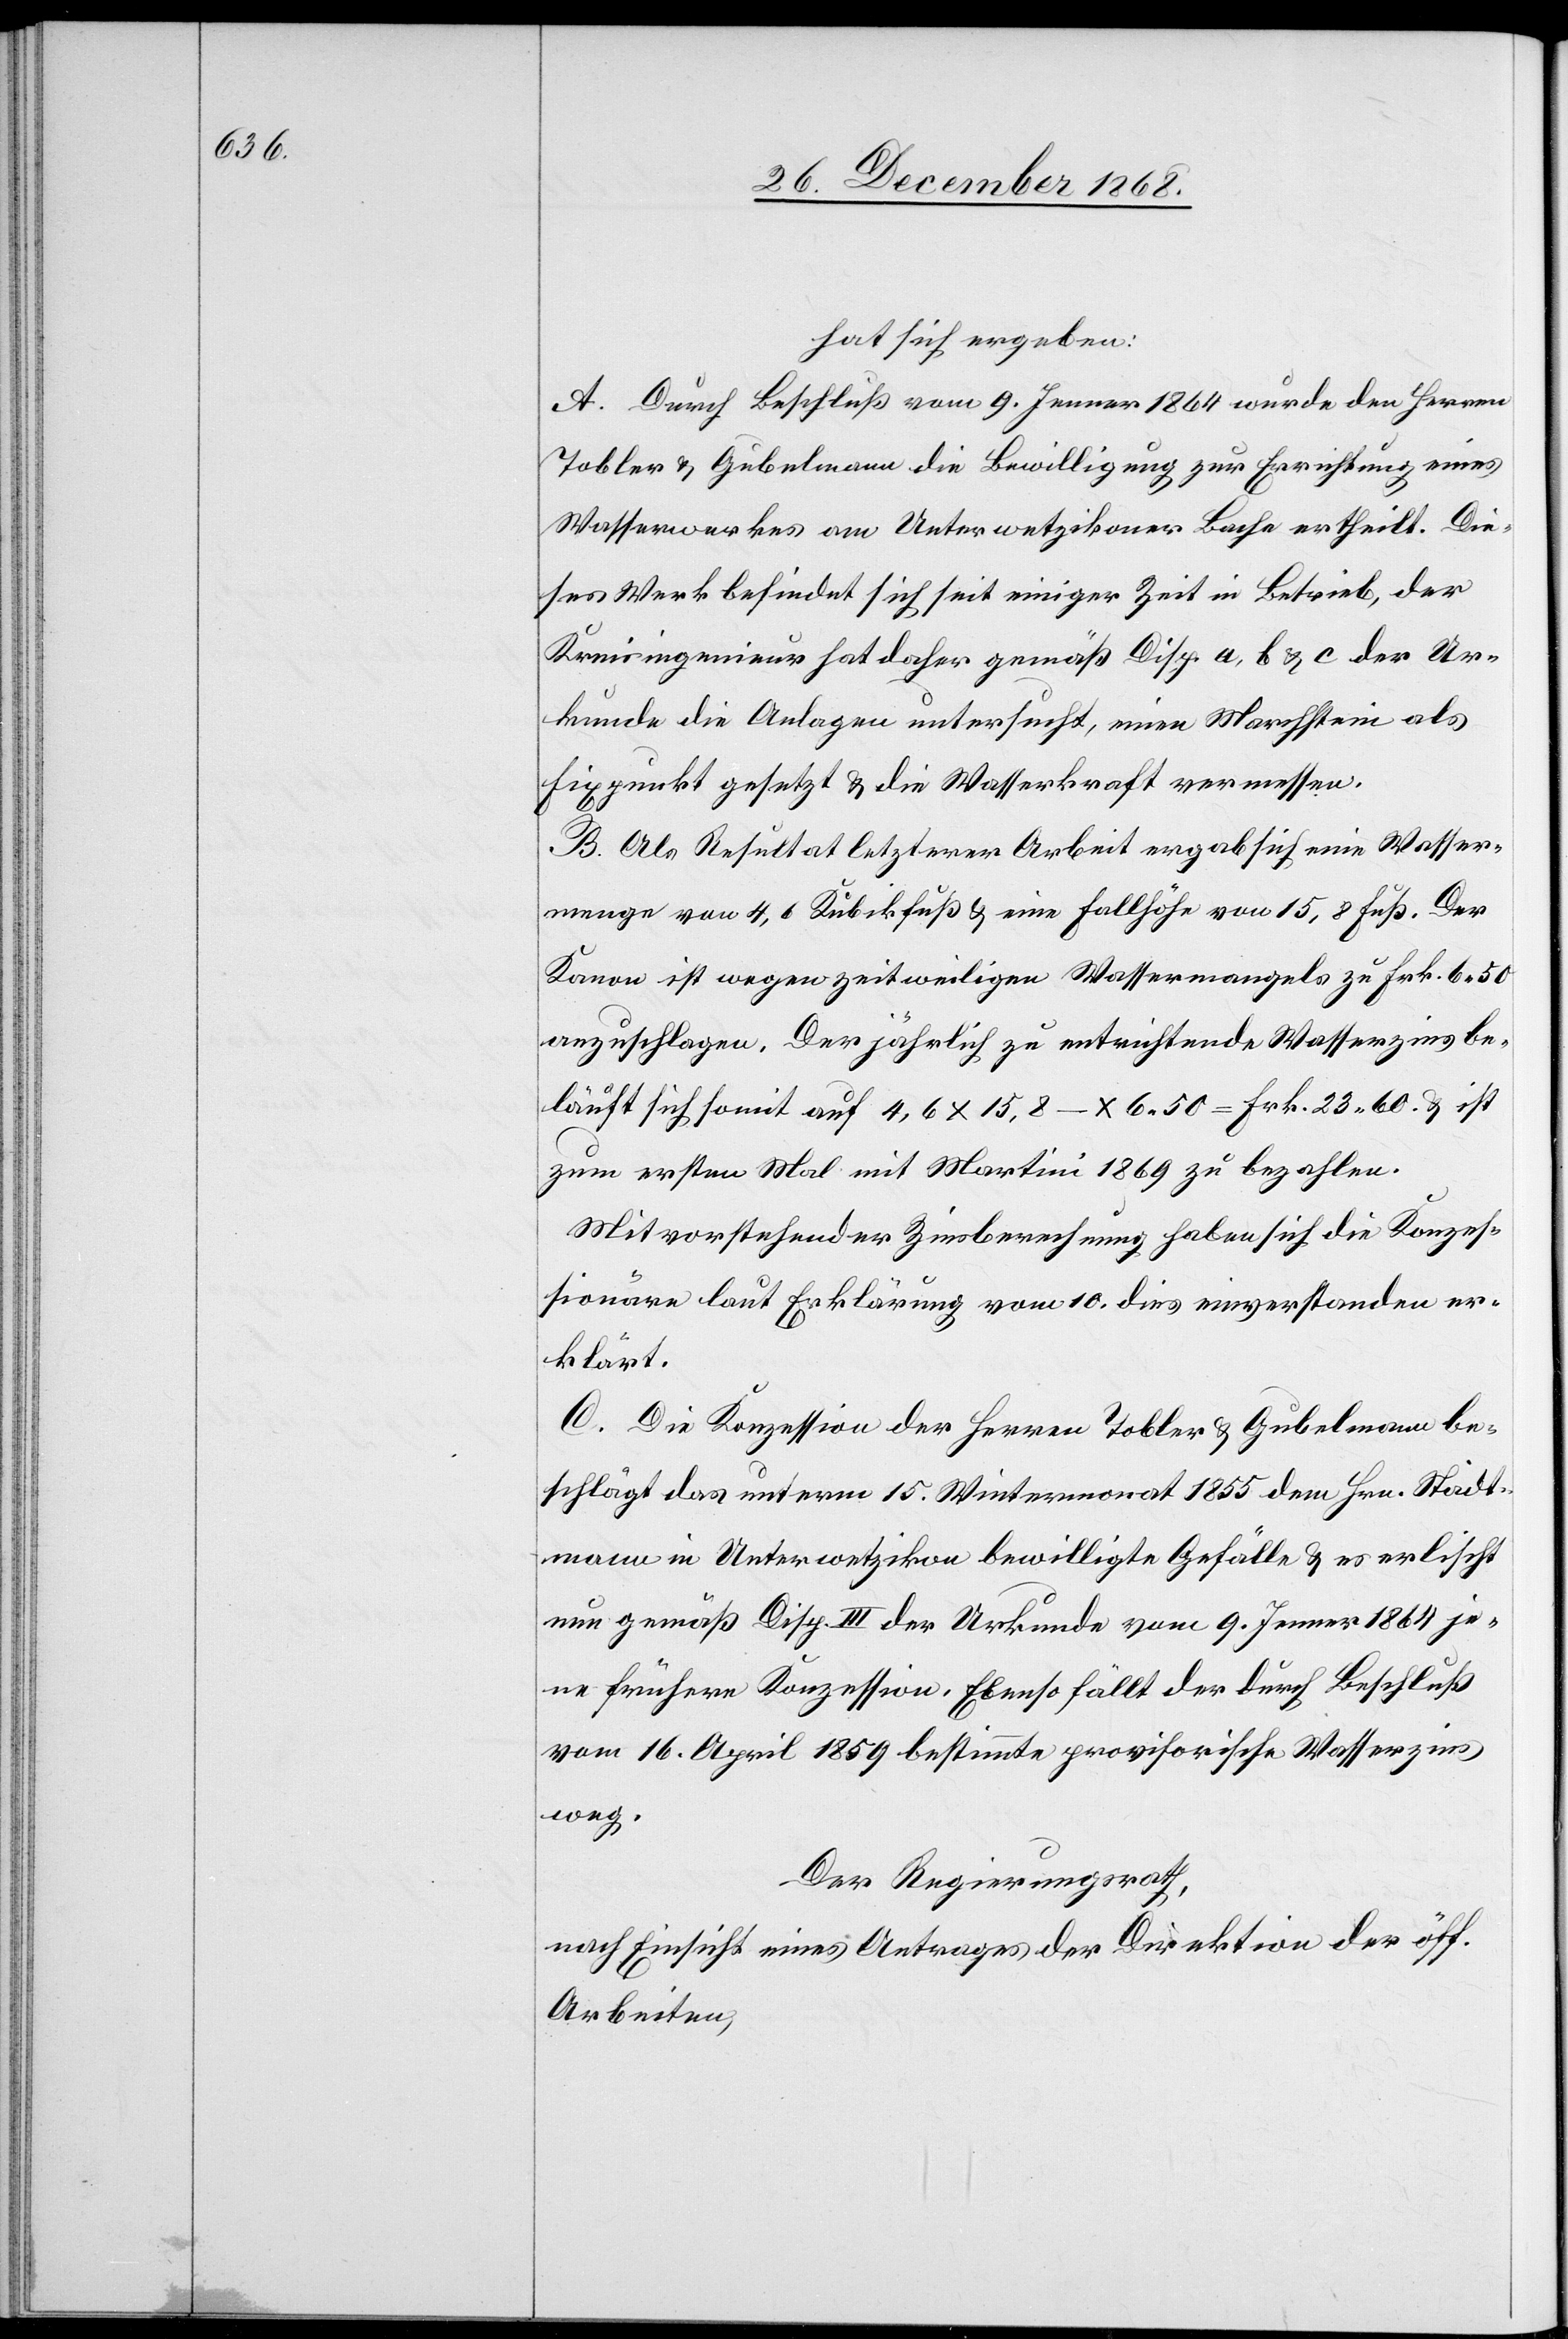
hat sich ergeben:
A. Durch Beschluß vom 9. Jenner 1864 wurde den Herren
Tobler & Gubelmann die Bewilligung zur Errichtung eines
Wasserwerkes am Unterwetzikoner Bache ertheilt. Die¬
ses Werk befindet sich seit einiger Zeit in Betrieb, der
Kreisingenieur hat daher gemäß Disp. a, b & c der Ur¬
kunde die Anlagen untersucht, einen Marchstein als
Fixpunkt gesetzt & die Wasserkraft vermessen.
B. Als Resultat letzterer Arbeit ergab sich eine Wasser¬
menge von 4,6 Kubikfuß & eine Fallhöhe von 15,8 Fuß. Der
Kanon ist wegen zeitweiligen Wassermangels zu Frk. 6.50
anzuschlagen. Der jährlich zu entrichtende Wasserzins be¬
läuft sich somit auf 4,6 x 15,8 – x 6.50 = Frk. 23.60. & ist
zum ersten Mal mit Martini 1869 zu bezahlen.
Mit vorstehender Zinsberechnung haben sich die Konzes¬
sionäre laut Erklärung vom 10. dies einverstanden er¬
klärt.
C. Die Konzession der Herren Tobler & Gubelmann be¬
schlägt das unterm 15. Wintermonat 1855 dem Hrn. Stadt¬
mann in Unterwetzikon bewilligte Gefälle & es erlischt
nun gemäß Disp. III der Urkunde vom 9. Jenner 1864 je¬
ne frühere Konzession. Ebenso fällt der durch Beschluß
vom 16. April 1859 bestimmte provisorische Wasserzins
weg.
Der Regierungsrath,
nach Einsicht eines Antrages der Direktion der öff.
Arbeiten,